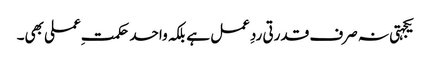
یکجہتی نہ صرف قدرتی ردِعمل ہے بلکہ واحد حکمتِ عملی بھی۔